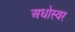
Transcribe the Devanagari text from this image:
अधोस्वर